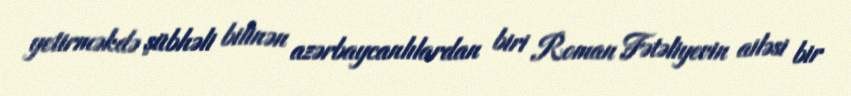
yetirməkdə şübhəli bilinən azərbaycanlılardan biri Roman Fətəliyevin ailəsi bir